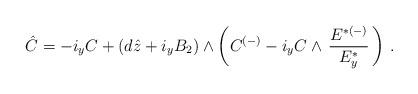
LaTeX: \begin{align*}\hat{C} = - i_y C + (d\hat{z}+ i_yB_2)\wedge \left(C^{(-)}- i_y C \wedge \, {{E}^{ {*}(-)}\over {E}_y^{ {*}}}\, \right)\, .\end{align*}